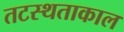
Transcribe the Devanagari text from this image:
तटस्थताकाल